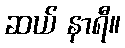
ဆယ် နာရီ။